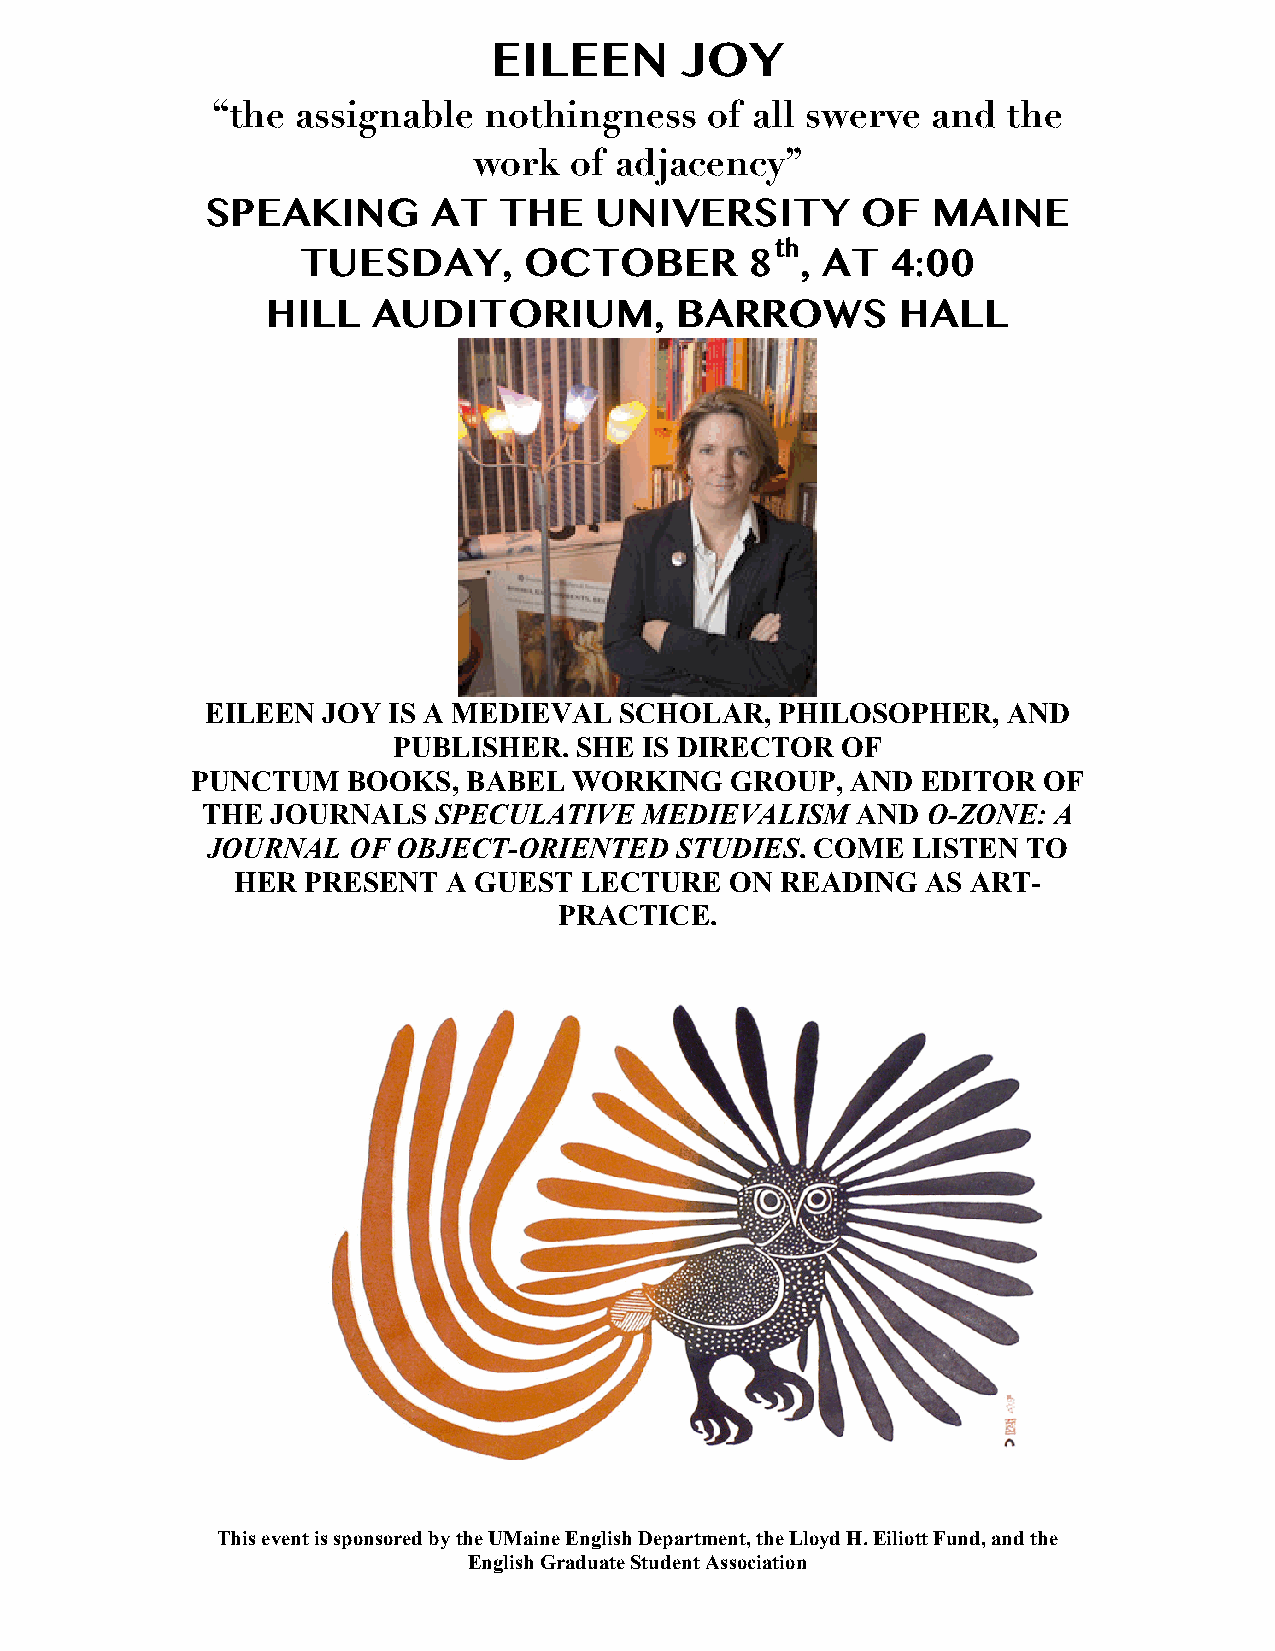
EILEEN      JOY
 “the  assignable  nothingness    of all swerve  and  the
 work   of adjacency”
 SPEAKING       AT  THE   UNIVERSITY        OF   MAINE
 th
 TUESDAY,       OCTOBER        8  , AT  4:00
 HILL   AUDITORIUM,         BARROWS        HALL
 EILEEN JOY  IS A MEDIEVAL  SCHOLAR,   PHILOSOPHER,   AND
 PUBLISHER.  SHE  IS DIRECTOR  OF
 PUNCTUM   BOOKS,  BABEL  WORKING   GROUP,  AND  EDITOR  OF
 THE  JOURNALS   SPECULATIVE  MEDIEVALISM    AND O-ZONE:  A
 JOURNAL  OF OBJECT-ORIENTED    STUDIES. COME  LISTEN  TO
 HER  PRESENT   A GUEST LECTURE   ON  READING  AS ART-
 PRACTICE.
 This event is sponsored by the UMaine English Department, the Lloyd H. Eiliott Fund, and the
 English Graduate Student Association